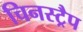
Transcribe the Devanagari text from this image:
चिनस्ट्रैप